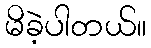
မိခဲ့ပါတယ်။